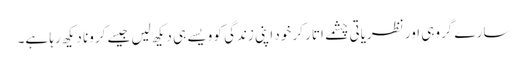
سارے گروہی اور نظریاتی چشمے اتار کر خود اپنی زندگی کو ویسے ہی دیکھ لیں جیسے کرونا دیکھ رہا ہے۔